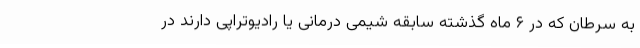
به سرطان که در ۶ ماه گذشته سابقه شیمی درمانی یا رادیوتراپی دارند در